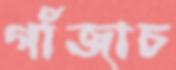
গাঁজাচ